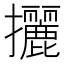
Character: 攦